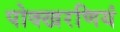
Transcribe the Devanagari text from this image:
पोक्खरणियं